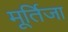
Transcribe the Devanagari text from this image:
मूर्तिजा